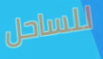
للساحل